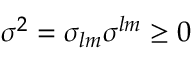
\sigma ^ { 2 } = \sigma _ { l m } \sigma ^ { l m } \geq 0